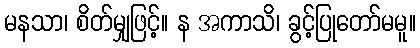
မနသာ၊ စိတ်မျှဖြင့်။ န အကာသိ၊ ခွင့်ပြုတော်မမူ။